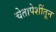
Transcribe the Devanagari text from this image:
चेतापेशींतून